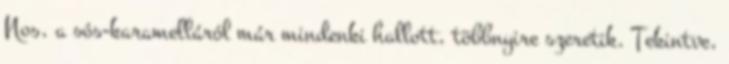
Nos, a sós-karamelláról már mindenki hallott, többnyire szeretik. Tekintve,